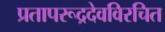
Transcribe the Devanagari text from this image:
प्रतापरूद्रदेवविरचित